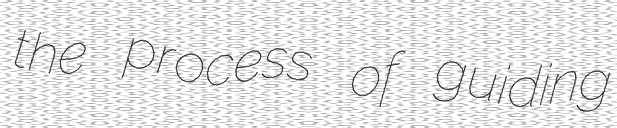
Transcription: the process of guiding